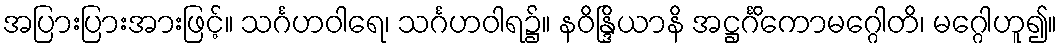
အပြားပြားအားဖြင့်။ သင်္ဂဟဝါရေ၊ သင်္ဂဟဝါရ၌။ နဝိန္ဒြိယာနိ အဋ္ဌင်္ဂိကောမဂ္ဂေါတိ၊ မဂ္ဂေါဟူ၍။